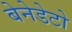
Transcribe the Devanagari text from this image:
बेनेडेटो